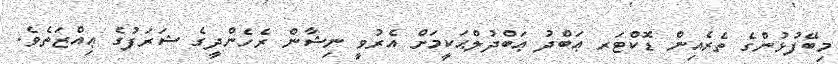
މިބޭފުޅުންގެ ތެރެއިން ޑޮކްޓަރ ޢަބްދު ޢަބްދުލްޙަކީމަށް އެރުވީ ނިޝާން ރެހެންދީގެ ޝަރަފުގެ ޢިއްޒަތެވެ.